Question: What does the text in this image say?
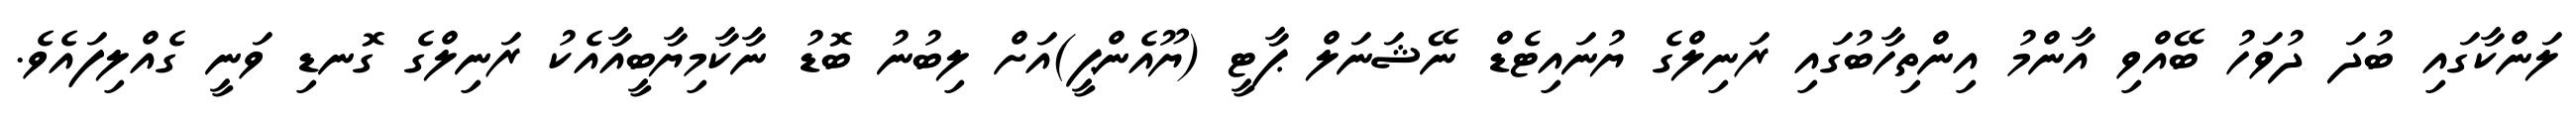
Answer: ލަންކާގައި ބުދަ ދުވަހު ބޭއްވި އާންމު އިންތިހާބުގައި ރަނިލްގެ ޔުނައިޓެޑް ނޭޝަނަލް ޕާޓީ (ޔޫއެންޕީ)އަށް ލިބުނު ބޮޑު ނާކާމިޔާބީއާއެކު ރަނިލްގެ ގޮނޑި ވަނީ ގެއްލިފައެވެ.